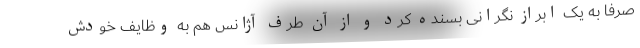
صرفا به یک ابراز نگرانی بسنده کرد و از آن طرف آژانس هم به وظایف خودش